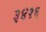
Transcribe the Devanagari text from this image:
३४१६